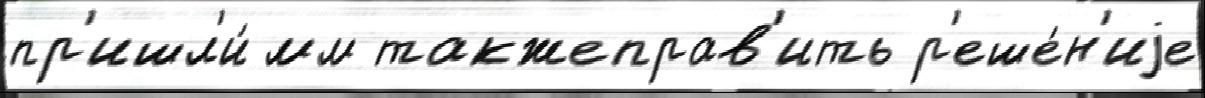
пр'ишл'и́ мм такжеправ'ить р'еше́н'иjе